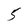
Character: 5